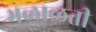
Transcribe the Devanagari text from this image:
भळाळती